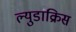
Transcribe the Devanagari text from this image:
ल्युडाक्रिस